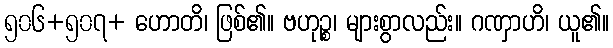
၅၀၆+၅၀၇+ ဟောတိ၊ ဖြစ်၏။ ဗဟုဉ္စ၊ များစွာလည်း။ ဂဏှာဟိ၊ ယူ၏။